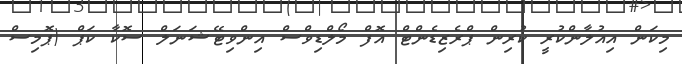
މިކަން އިއުލާންކުރީ ކުރިން ޕްރެޒިޑެންޓް އޮފް މޯލްޑިވްސް އިންވިޓޭޝަނަލް ސޮކާ ކަޕް (ޕޮމިސް